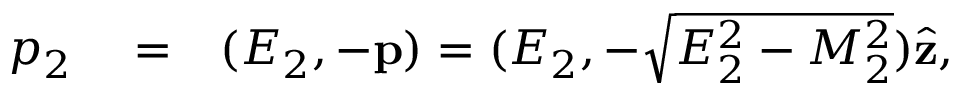
\begin{array} { r l r } { p _ { 2 } } & { { } = } & { ( E _ { 2 } , - \mathbf { p } ) = ( E _ { 2 } , - \sqrt { E _ { 2 } ^ { 2 } - M _ { 2 } ^ { 2 } } ) \hat { \mathbf { z } } , } \end{array}